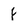
Character: f